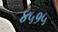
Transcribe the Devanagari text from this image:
४५१५